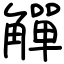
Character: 觶